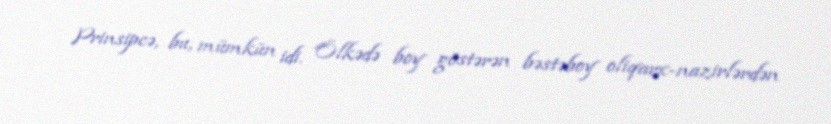
Prinsipcə, bu, mümkün idi. Ölkədə boy göstərən bəstəboy oliqarx-nazirlərdən